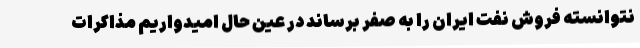
نتوانسته فروش نفت ایران را به صفر برساند در عین حال امیدواریم مذاکرات